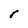
Character: r